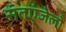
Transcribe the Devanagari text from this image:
संतएंजेलो